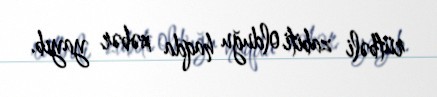
rütbəli zabiti olduğu haqda xəbər yayıb.